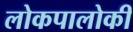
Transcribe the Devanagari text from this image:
लोकपालोकी